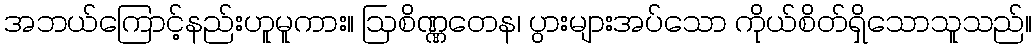
အဘယ်ကြောင့်နည်းဟူမူကား။ ဩစိဏ္ဏတေန၊ ပွားများအပ်သော ကိုယ်စိတ်ရှိသောသူသည်။